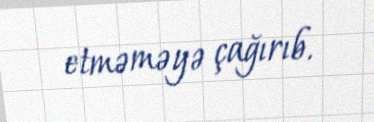
etməməyə çağırıb.